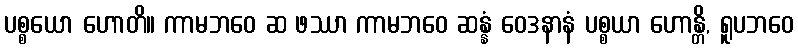
ပစ္စယော ဟောတိ။ ကာမဘဝေ ဆ ဖဿာ ကာမဘဝေ ဆန္နံ ဝေဒနာနံ ပစ္စယာ ဟောန္တိ, ရူပဘဝေ